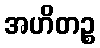
အဟိတဉ္စ